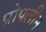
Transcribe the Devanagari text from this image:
प्रोपलीन